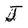
Character: J